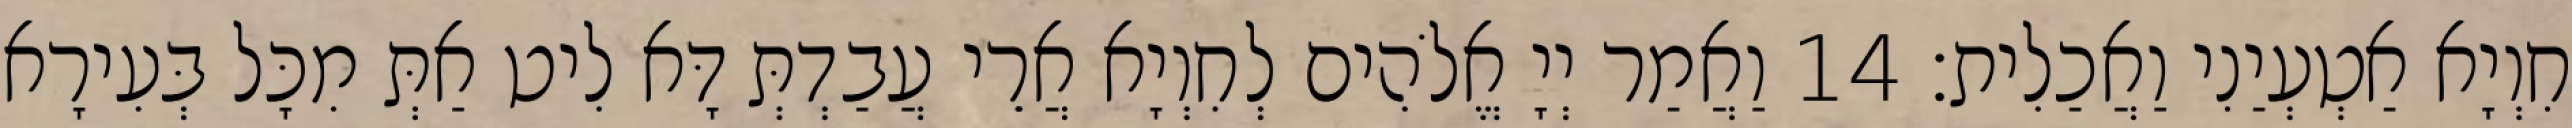
חִוְיָא אַטְעְיַנִי וַאֲכַלִית׃ 14 וַאֲמַר יְיָ אֱלֹהִים לְחִוְיָא אֲרֵי עֲבַדְתְּ דָּא לִיט אַתְּ מִכָּל בְּעִירָא